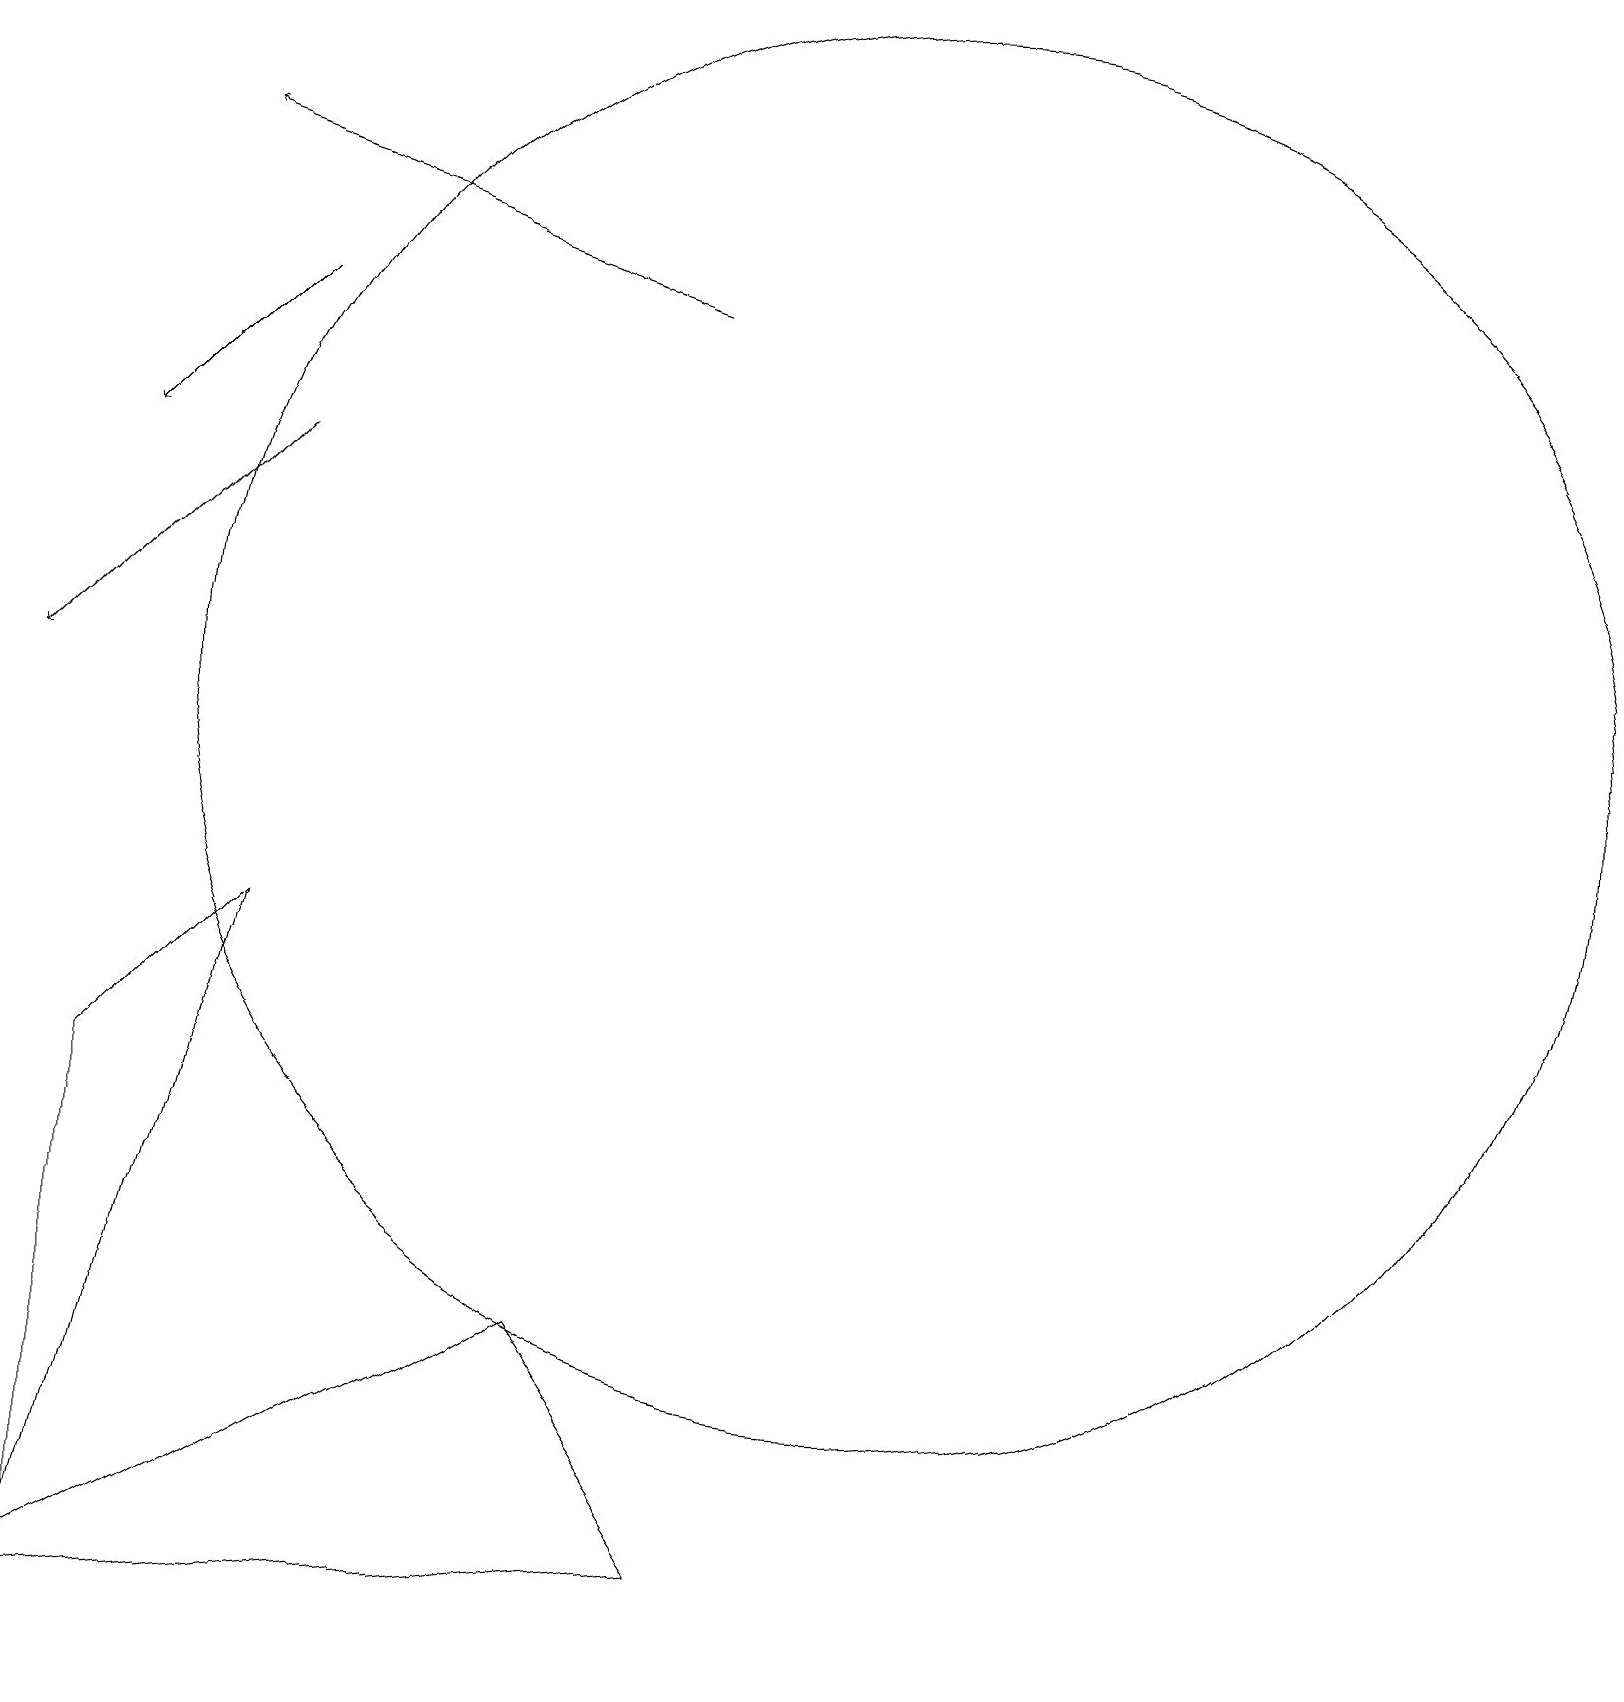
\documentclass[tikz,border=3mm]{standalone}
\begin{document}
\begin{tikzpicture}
\draw[->] (8,17) -- (2,19);
\draw (0,0) -- (9,1) -- (7,4) -- cycle;
\draw[->] (3,17) -- (1,15);
\draw (11,12) circle (9);
\draw[->] (3,15) -- (0,12);
\draw (1,1) -- (1,7) -- (3,9) -- cycle;
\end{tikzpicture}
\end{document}